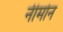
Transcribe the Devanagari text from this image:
नीमोन